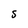
Character: S